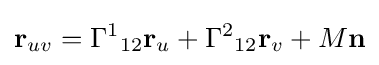
\mathbf {r} _{uv}={\Gamma ^{1}}_{12}\mathbf {r} _{u}+{\Gamma ^{2}}_{12}\mathbf {r} _{v}+M\mathbf {n}